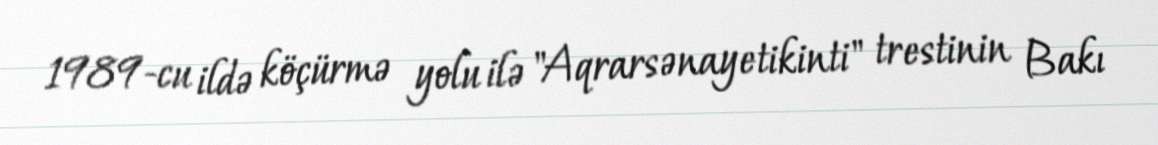
1989-cu ildə köçürmə yolu ilə "Aqrarsənayetikinti" trestinin Bakı